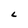
Character: L